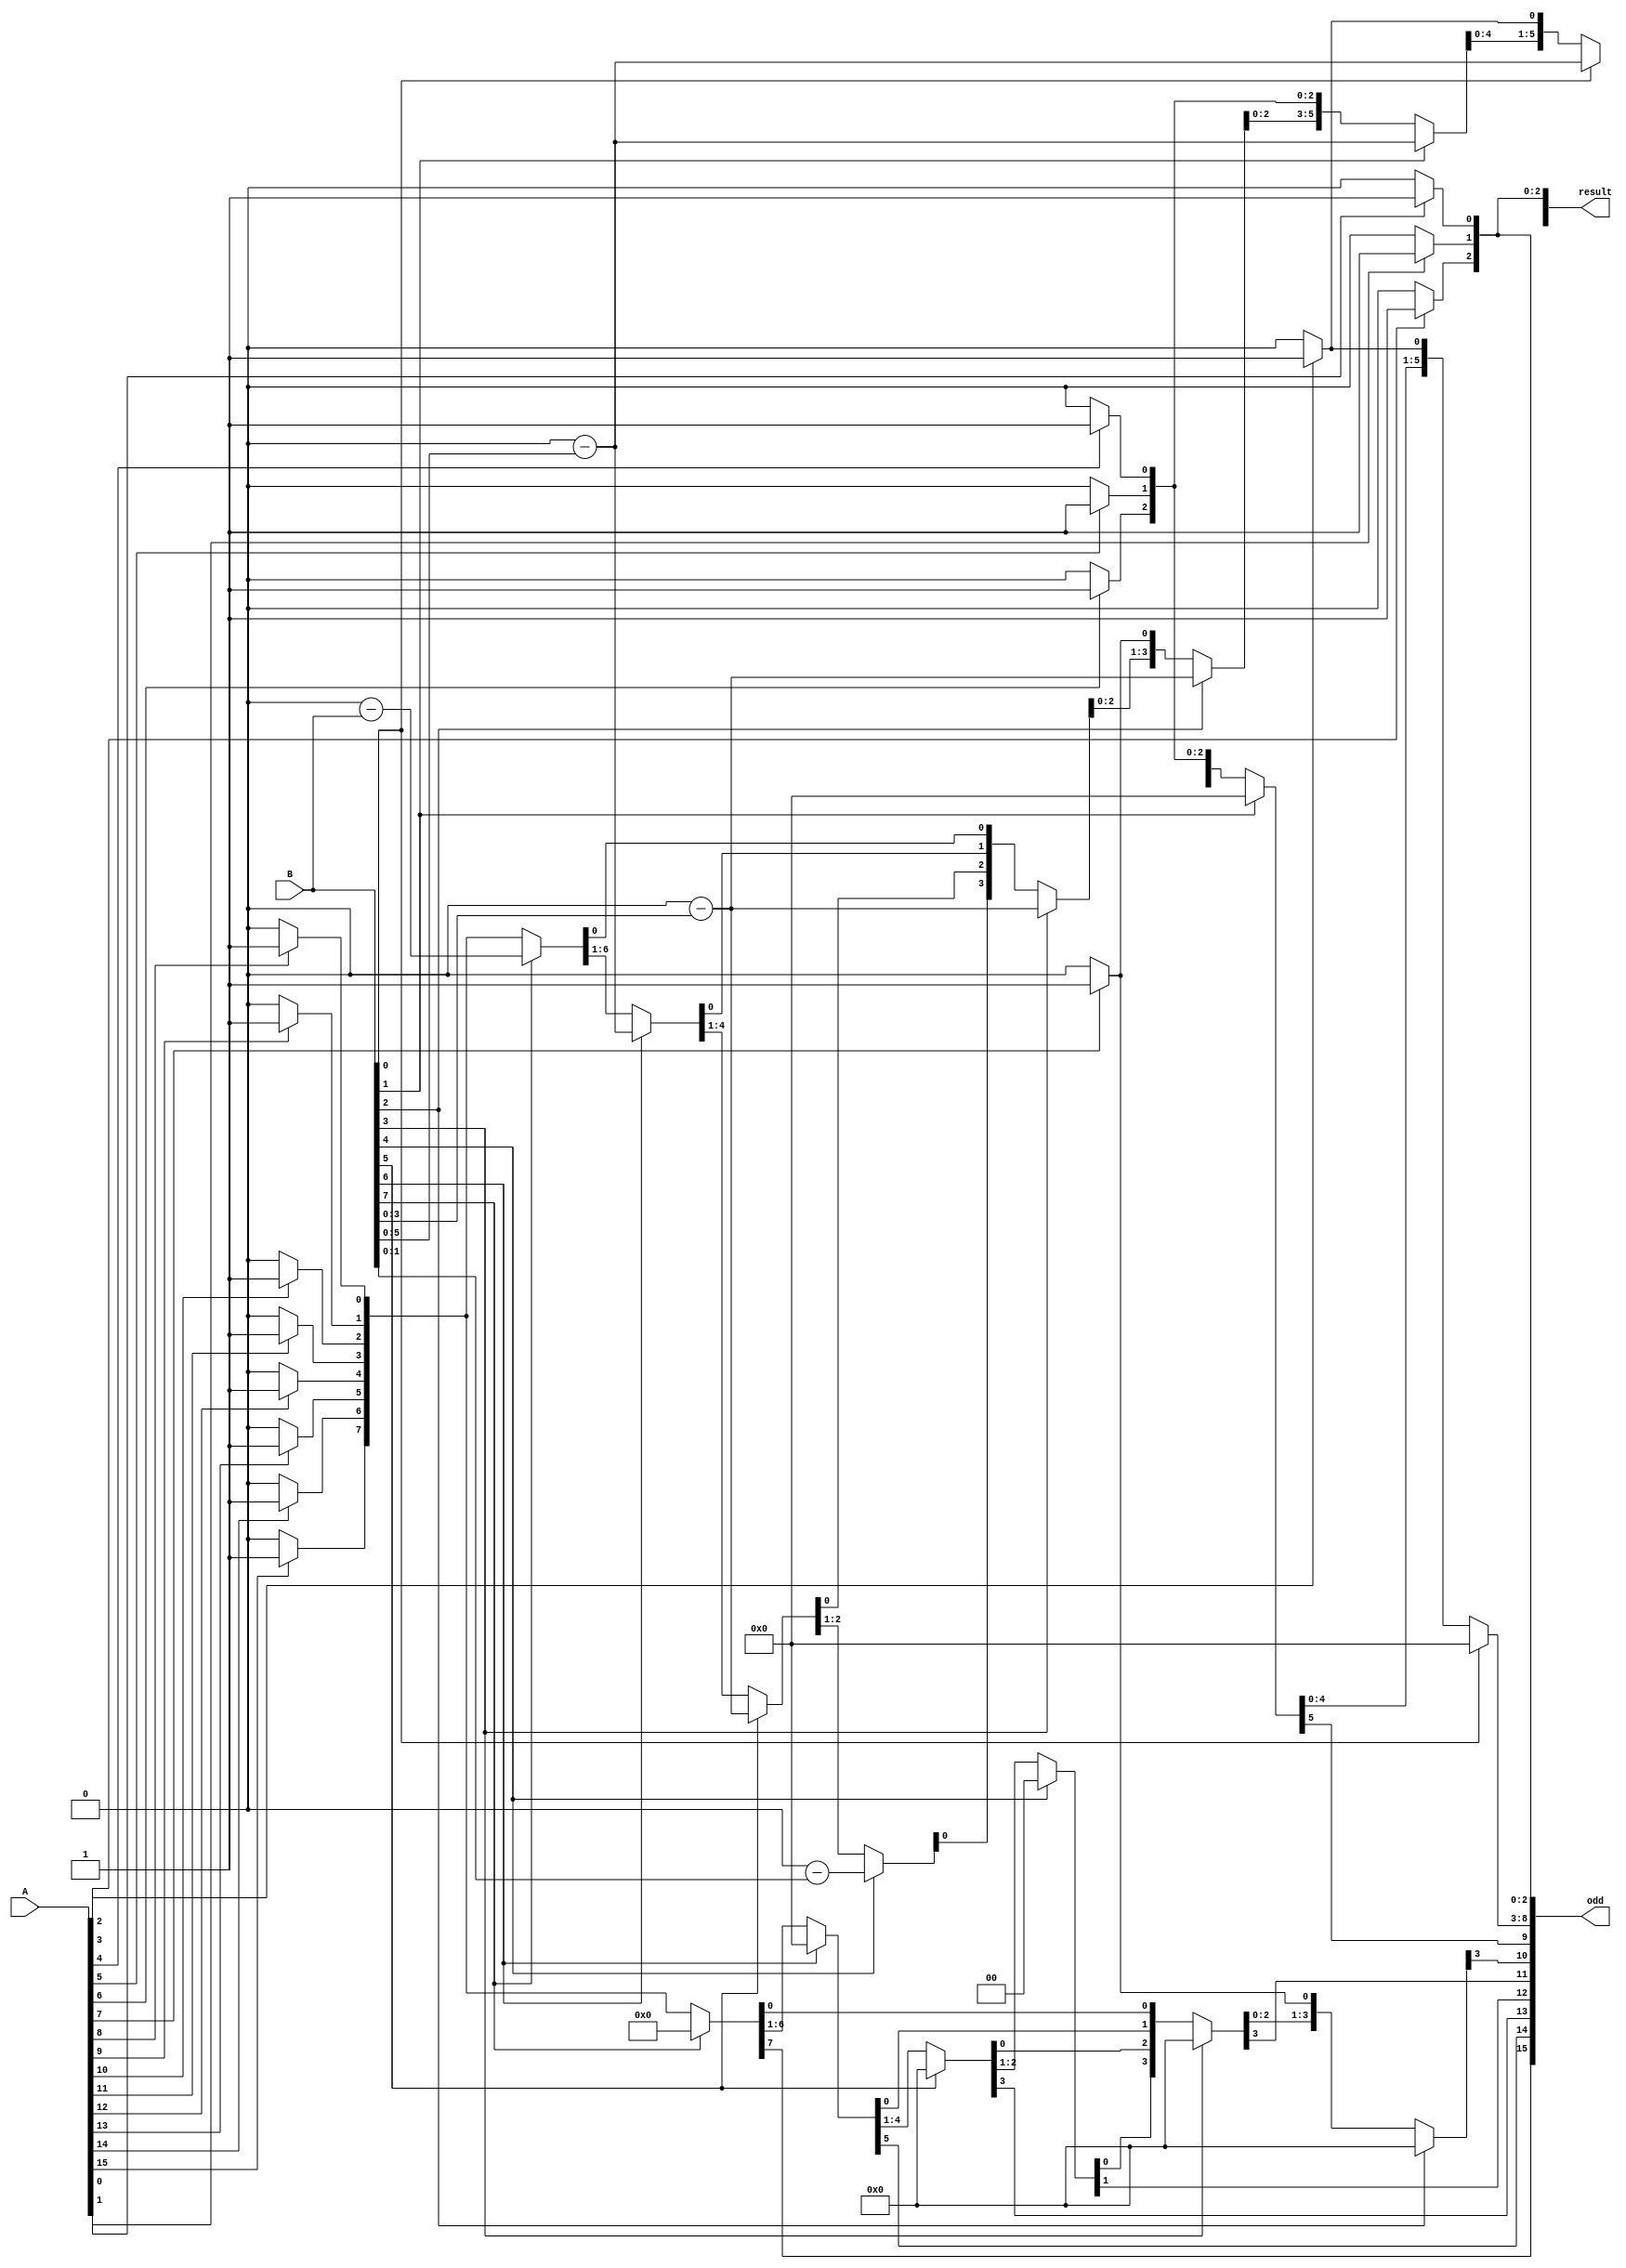
 module div_16bit(
    input [15:0] A,
    input [7:0] B,
    output [15:0] result,
    output [15:0] odd
    );
    reg [15:0] a_reg, b_reg;
    reg [15:0] q_reg, r_reg;
    reg [15:0] q_next, r_next;
    assign result = q_reg;
    assign odd = r_reg;
    always @(A or B) begin
        a_reg = A;
        b_reg = B;
    end
    always @(a_reg or b_reg) begin
        q_reg = 16'b0;
        r_reg = 16'b0;
        q_next = 16'b0;
        r_next = 16'b0;
        if (a_reg[15] == 1'b1) begin
            q_next[15] = 1'b1;
            r_next[15] = 1'b1;
        end
        if (a_reg[14] == 1'b1) begin
            q_next[14] = 1'b1;
            r_next[14] = 1'b1;
        end
        if (a_reg[13] == 1'b1) begin
            q_next[13] = 1'b1;
            r_next[13] = 1'b1;
        end
        if (a_reg[12] == 1'b1) begin
            q_next[12] = 1'b1;
            r_next[12] = 1'b1;
        end
        if (a_reg[11] == 1'b1) begin
            q_next[11] = 1'b1;
            r_next[11] = 1'b1;
        end
        if (a_reg[10] == 1'b1) begin
            q_next[10] = 1'b1;
            r_next[10] = 1'b1;
        end
        if (a_reg[9] == 1'b1) begin
            q_next[9] = 1'b1;
            r_next[9] = 1'b1;
        end
        if (a_reg[8] == 1'b1) begin
            q_next[8] = 1'b1;
            r_next[8] = 1'b1;
        end
        if (a_reg[7] == 1'b1) begin
            q_next[7] = 1'b1;
            r_next[7] = 1'b1;
        end
        if (a_reg[6] == 1'b1) begin
            q_next[6] = 1'b1;
            r_next[6] = 1'b1;
        end
        if (a_reg[5] == 1'b1) begin
            q_next[5] = 1'b1;
            r_next[5] = 1'b1;
        end
        if (a_reg[4] == 1'b1) begin
            q_next[4] = 1'b1;
            r_next[4] = 1'b1;
        end
        if (a_reg[3] == 1'b1) begin
            q_next[3] = 1'b1;
            r_next[3] = 1'b1;
        end
        if (a_reg[2] == 1'b1) begin
            q_next[2] = 1'b1;
            r_next[2] = 1'b1;
        end
        if (a_reg[1] == 1'b1) begin
            q_next[1] = 1'b1;
            r_next[1] = 1'b1;
        end
        if (a_reg[0] == 1'b1) begin
            q_next[0] = 1'b1;
            r_next[0] = 1'b1;
        end
        if (b_reg[7] == 1'b1) begin
            q_next[15:8] = r_reg[15:8] - b_reg;
            r_next[15:8] = q_reg[15:8] << 1;
        end
        if (b_reg[6] == 1'b1) begin
            q_next[14:9] = r_reg[14:9] - b_reg;
            r_next[14:9] = q_reg[14:9] << 1;
        end
        if (b_reg[5] == 1'b1) begin
            q_next[13:10] = r_reg[13:10] - b_reg;
            r_next[13:10] = q_reg[13:10] << 1;
        end
        if (b_reg[4] == 1'b1) begin
            q_next[12:11] = r_reg[12:11] - b_reg;
            r_next[12:11] = q_reg[12:11] << 1;
        end
        if (b_reg[3] == 1'b1) begin
            q_next[11:8] = r_reg[11:8] - b_reg;
            r_next[11:8] = q_reg[11:8] << 1;
        end
        if (b_reg[2] == 1'b1) begin
            q_next[10:7] = r_reg[10:7] - b_reg;
            r_next[10:7] = q_reg[10:7] << 1;
        end
        if (b_reg[1] == 1'b1) begin
            q_next[9:4] = r_reg[9:4] - b_reg;
            r_next[9:4] = q_reg[9:4] << 1;
        end
        if (b_reg[0] == 1'b1) begin
            q_next[8:3] = r_reg[8:3] - b_reg;
            r_next[8:3] = q_reg[8:3] << 1;
        end
        q_reg = q_next;
        r_reg = r_next;
    end
endmodule